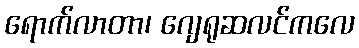
ရောက်လာတာ၊ ဂျေရုဆလင်ကလေ